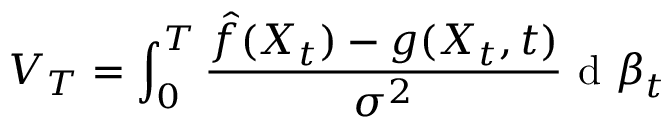
V _ { T } = \int _ { 0 } ^ { T } { \frac { \hat { f } ( X _ { t } ) - g ( X _ { t } , t ) } { { \sigma ^ { 2 } } } \mathrm { ~ d ~ } \boldsymbol { \beta } _ { t } }